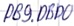
Text: DB9.DBD0